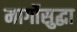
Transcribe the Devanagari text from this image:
मार्गोसुद्धा